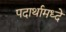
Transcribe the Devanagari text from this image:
पदार्थामध्दे